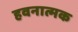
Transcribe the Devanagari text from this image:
हवनात्मक